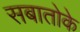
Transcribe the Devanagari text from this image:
सबातोके